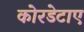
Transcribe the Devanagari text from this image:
कोरडेटाए